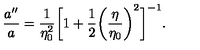
\frac { a ^ { \prime \prime } } { a } = \frac { 1 } { \eta _ { 0 } ^ { 2 } } \biggl [ 1 + \frac { 1 } { 2 } \biggl ( \displaystyle { \frac { \eta } { \eta _ { 0 } } } \biggr ) ^ { 2 } \biggr ] ^ { - 1 } .